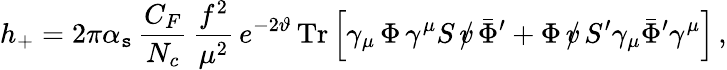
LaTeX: h_{+}=2\pi\alpha_{\mathtt{s}}\, \frac{{C_{F}}}{{N_{c}}}\, \frac{{f^{2}}}{{\mu^{2}}}\, e^{-2\vartheta}\, \mathrm{{Tr}}\left[\gamma_{\mu}\, \Phi\, \gamma^{\mu}S\, \rlap/v\, \bar{{\Phi}}^{\prime}+\Phi\, \rlap/v\, S^{\prime}\gamma_{\mu}\bar{{\Phi}}^{\prime}\gamma^{\mu}\right]\, ,